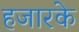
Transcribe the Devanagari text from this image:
हजारके